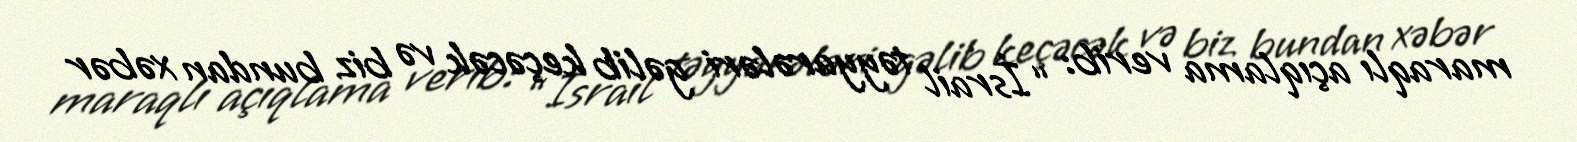
maraqlı açıqlama verib: “İsrail təyyarələri gəlib keçəcək və biz bundan xəbər